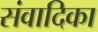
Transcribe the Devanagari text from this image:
संवादिका